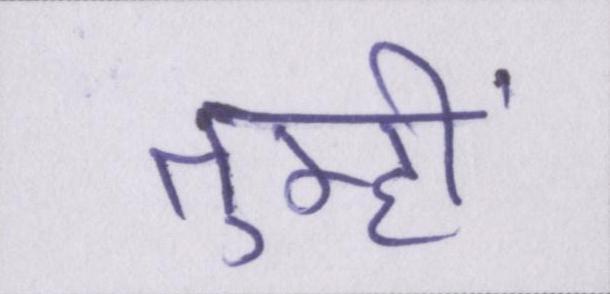
तुम्हीं